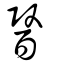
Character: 醫